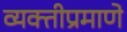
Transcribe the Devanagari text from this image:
व्यक्तीप्रमाणे